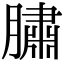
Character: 䐹